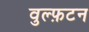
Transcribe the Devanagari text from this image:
वुल्फ़टन